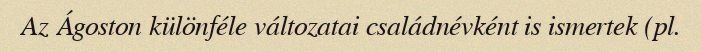
Az Ágoston különféle változatai családnévként is ismertek (pl.